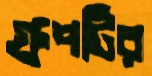
গ্রুপটির